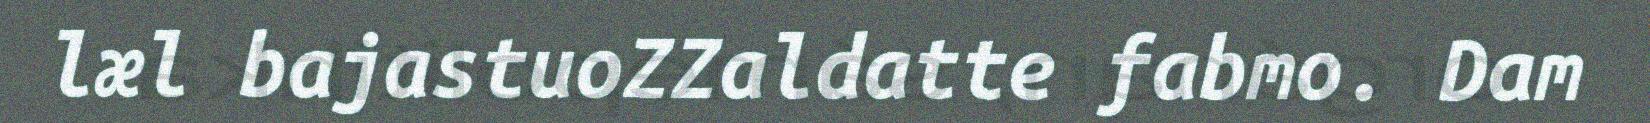
læl bajastuoZZaldatte fabmo. Dam